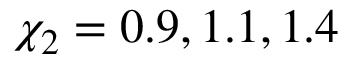
\chi _ { 2 } = 0 . 9 , 1 . 1 , 1 . 4